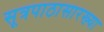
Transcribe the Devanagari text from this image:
सूत्रपाठासारख्या